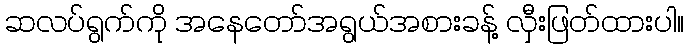
ဆလပ်ရွက်ကို အနေတော်အရွယ်အစားခန့် လှီးဖြတ်ထားပါ။